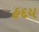
હદય